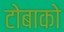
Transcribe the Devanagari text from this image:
टोबाको